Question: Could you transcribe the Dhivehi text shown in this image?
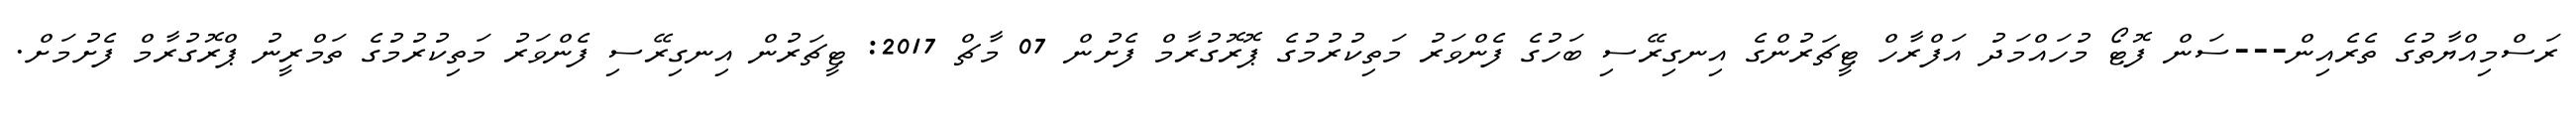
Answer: ރަސްމިއްޔާތުގެ ތެރެއިން---ސަން ފޮޓޯ މުހައްމަދު އަފްރާހް ޓީޗަރުންގެ އިނގިރޭސި ބަހުގެ ފެންވަރު މަތިކުރުމުގެ ޕޮރޮގުރާމް ފެށުން 07 މާޗް 2017: ޓީޗަރުން އިނގިރޭސި ފެންވަރު މަތިކުރުމުގެ ތަމްރީނު ޕްރޮގުރާމް ފެށުމަށް.